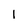
Character: 1